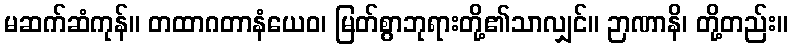
မဆက်ဆံကုန်။ တထာဂတာနံယေဝ၊ မြတ်စွာဘုရားတို့၏သာလျှင်။ ဉာဏာနိ၊ တို့တည်း။